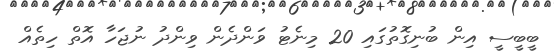
ބީބީސީ އިން ބުނިގޮތުގައި 20 މިނެޓު ވަންދެން ވިންދު ނުޖަހާ އޮތް ހިތެއް